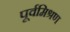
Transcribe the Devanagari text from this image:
पूर्वमिश्रण